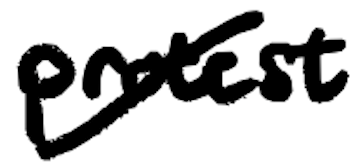
Text: protest
Cross-out: diagonal
Writing tool: digital_black